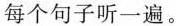
每个句子听一遍.。